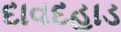
દાવદહાડ